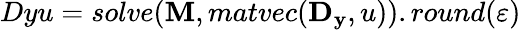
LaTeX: Dyu=solve(\mathbf{M},matvec(\mathbf{D_{y}},u)).round(\varepsilon)